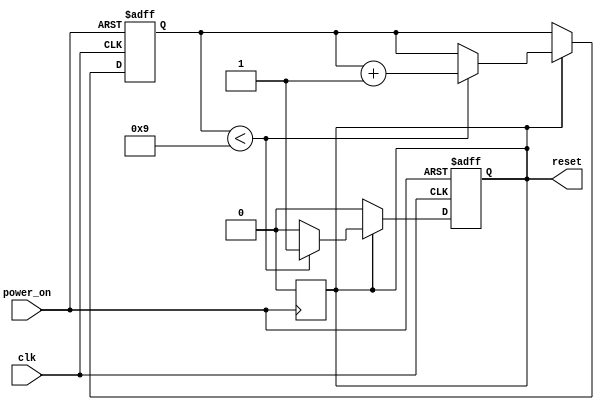
module PowerOnReset (
    input wire clk,         // Clock signal
    input wire power_on,    // Power-on indication signal
    output reg reset        // Reset signal
);

    // Parameter to define the reset duration (in clock cycles)
    parameter RESET_DURATION = 10; // Adjust this value as needed

    // State variable for the counter
    reg [3:0] counter; // 4-bit counter to hold the duration (supports up to 16 cycles)

    // State machine for reset behavior
    always @(posedge clk or posedge power_on) begin
        if (power_on) begin
            // Initiate reset sequence
            reset <= 1'b1;        // Assert reset
            counter <= 4'b0000;   // Reset counter
        end else if (reset) begin
            if (counter < RESET_DURATION - 1) begin
                // Increment counter while reset is active
                counter <= counter + 1;
            end else begin
                // Deassert reset after duration
                reset <= 1'b0;
            end
        end
    end

    // Ensure reset is deasserted when power is not on
    always @(negedge power_on) begin
        reset <= 1'b0; // Ensure reset is low when power is removed
    end

endmodule